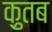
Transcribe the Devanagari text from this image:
क़ुतब